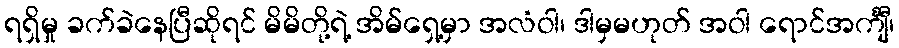
ရရှိမှု ခက်ခဲနေပြီဆိုရင် မိမိတို့ရဲ့ အိမ်ရှေ့မှာ အလံဝါ၊ ဒါမှမဟုတ် အဝါ ရောင်အင်္ကျီ၊